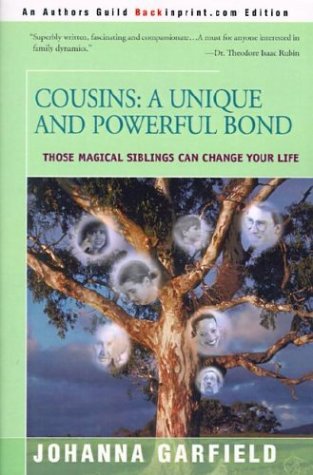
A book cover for Cousins: A Unique and Powerful Bond; Johanna Garfield; Parenting & Relationships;